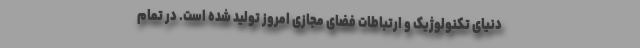
دنیای تکنولوژیک و ارتباطات فضای مجازی امروز تولید شده است. در تمام